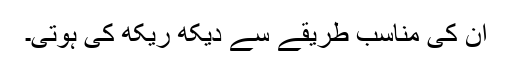
ان کی مناسب طریقے سے دیکھ ریکھ کی ہوتی۔